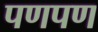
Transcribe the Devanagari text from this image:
पणपण